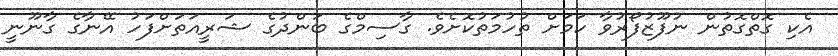
އެކި ގޮތްގޮތުން ނުފޫޒުފޯރުވާ ކަމަށް ތުހުމަތުކޮށެވެ. ގާސިމްގެ ބަންދުގެ ޝަރީއަތަށްފަހު އޭނާގެ ގާނޫނީ